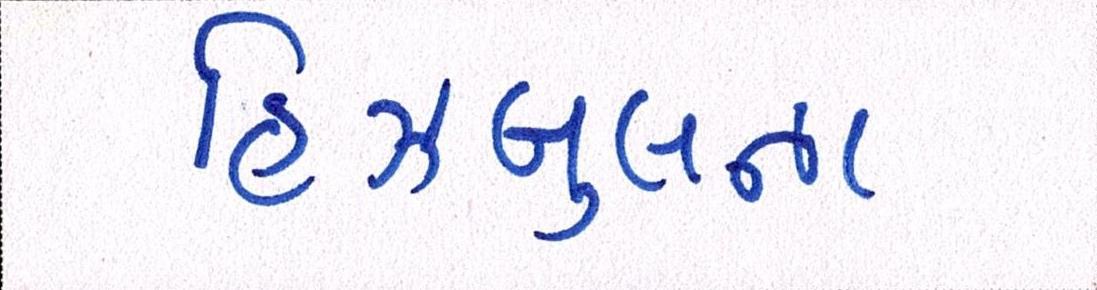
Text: હિઝબુલના